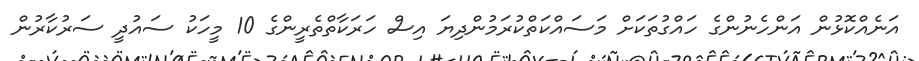
އަނެއްކޮޅުން އަންހެނުންގެ ހައްގުތަކަށް މަސައްކަތްކުރަމުންދިޔަ އިސް ހަރަކާތްތެރީންގެ 10 މީހަކު ސައުދީ ސަރުކާރުން